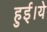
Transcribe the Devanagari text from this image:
हुई।ये